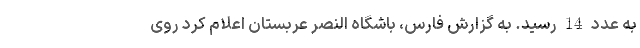
به عدد 14 رسید. به گزارش فارس، باشگاه النصر عربستان اعلام کرد روی